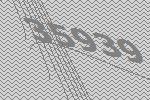
35939